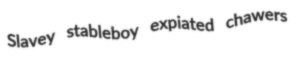
Slavey stableboy expiated chawers